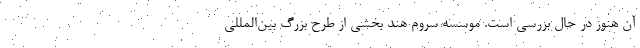
آن هنوز در حال بررسی است. موسسه سروم هند بخشی از طرح بزرگ بین‌المللی